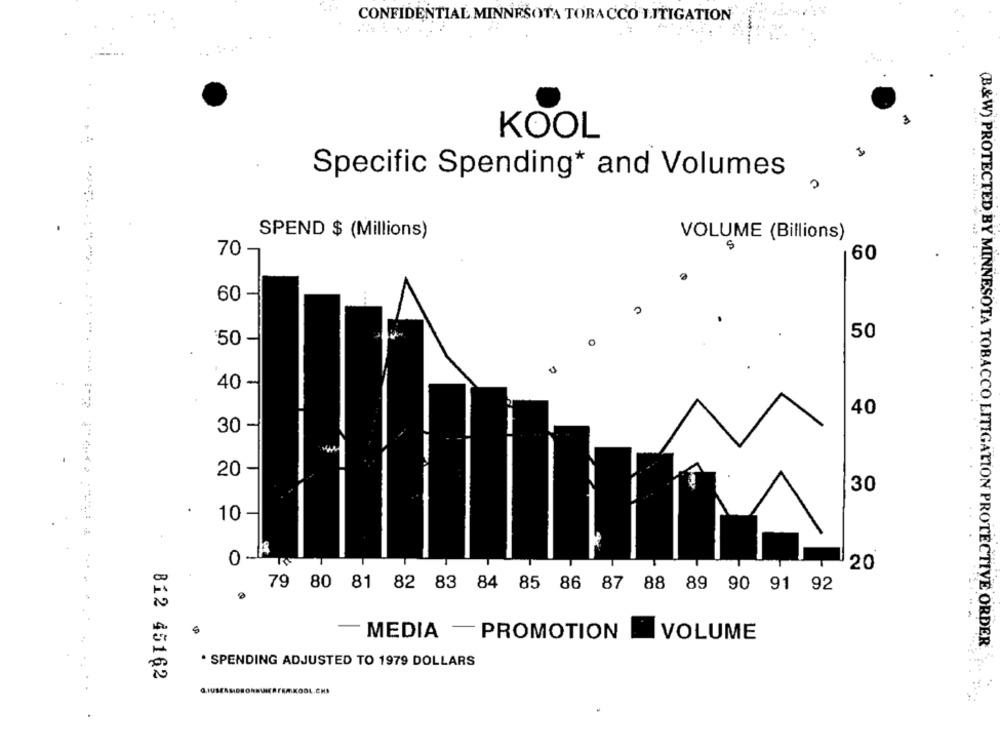
CONFIDENTIAL MINNESOTA TORA CCO LITIGATION
KOOL
Specific Spending* and Volumes
SPEND $ (Millions)
VOLUME (Billions)
70 -
60
. ..
60 -
50
'50 -
40 -
40
30
20
30
10
20
79 80 81 82 83 84 85 86 87 88 89 90 91 92
MEDIA - PROMOTION
VOLUME
(B&W) PROTECTED BY MINNESOTA TOBACCO LITIGATION PROTECTIVE ORDER
· SPENDING ADJUSTED TO 1979 DOLLARS
812 45162